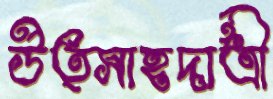
উত্সাহদাত্রী